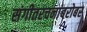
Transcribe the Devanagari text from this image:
संगीतरचनांबरोबर